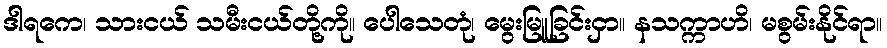
ဒါရကေ၊ သားငယ် သမီးငယ်တို့ကို။ ပေါသေတုံ၊ မွေးမြူခြင်းငှာ။ နသက္ကာဟိ၊ မစွမ်းနိုင်ရာ။